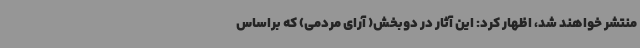
منتشر خواهند شد، اظهار کرد: این آثار در دوبخش( آرای مردمی) که براساس